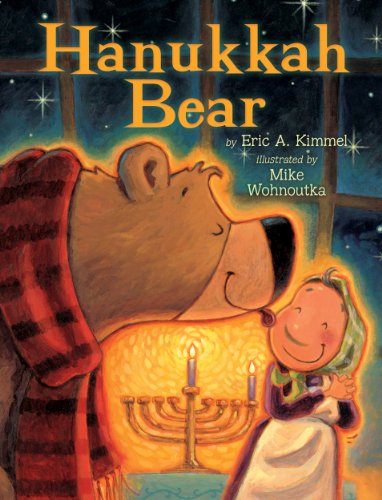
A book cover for Hanukkah Bear; Eric A. Kimmel; Children's Books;